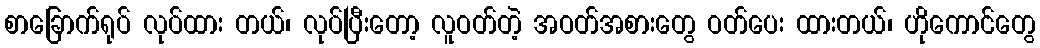
စာခြောက်ရုပ် လုပ်ထား တယ်၊ လုပ်ပြီးတော့ လူဝတ်တဲ့ အဝတ်အစားတွေ ဝတ်ပေး ထားတယ်၊ ဟိုကောင်တွေ